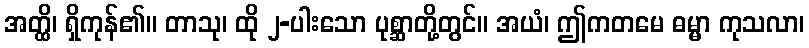
အတ္ထိ၊ ရှိကုန်၏။ တာသု၊ ထို ၂-ပါးသော ပုစ္ဆာတို့တွင်။ အယံ၊ ဤကတမေ ဓမ္မာ ကုသလာ၊